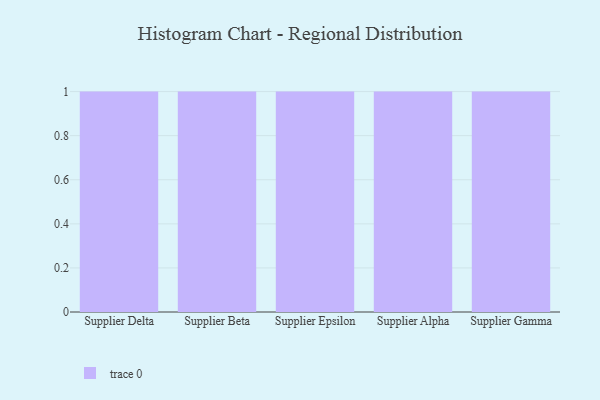
{"axis": {"x": "Supplier", "y": "Backlog"}, "legend": [""], "data": [{"x": "Supplier Delta", "y": 16, "type": ""}, {"x": "Supplier Beta", "y": 52, "type": ""}, {"x": "Supplier Epsilon", "y": 29, "type": ""}, {"x": "Supplier Alpha", "y": 21, "type": ""}, {"x": "Supplier Gamma", "y": 27, "type": ""}]}